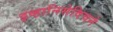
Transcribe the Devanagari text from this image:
इव्हानिसेविचने